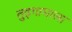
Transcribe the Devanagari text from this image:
तुइगामाला